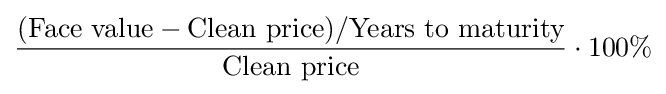
{\frac {({\text{Face value}}-{\text{Clean price}})/{\text{Years to maturity}}}{\text{Clean price}}}\cdot 100\%